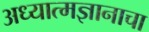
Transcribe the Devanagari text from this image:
अध्यात्मज्ञानाचा